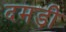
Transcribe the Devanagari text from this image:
दमड़ी